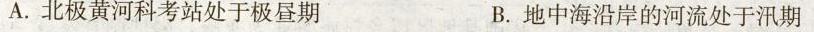
A.北极黄河科考站处于极昼期 B.地中海沿岸的河流处于汛期